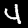
Digit: 4